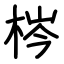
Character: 梣